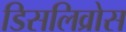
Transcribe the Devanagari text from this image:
डिसलिव्रोस